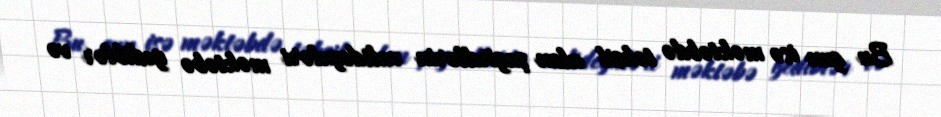
Bu gun isə məktəbdə təhsil alan şagirdlərin valideynləri məktəbə gediblər və